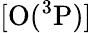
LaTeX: \mathrm{[O(^{3}P)}]